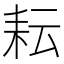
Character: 耘